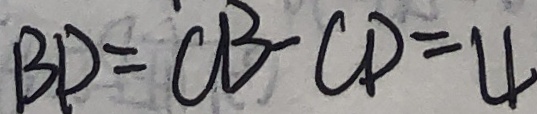
B D = C B - C D = 4